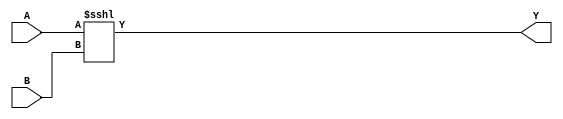
module techlib_sshl (A, B, Y);
parameter A_SIGNED = 0;
parameter B_SIGNED = 0;
parameter A_WIDTH = 0;
parameter B_WIDTH = 0;
parameter Y_WIDTH = 0;
input [A_WIDTH-1:0] A;
input [B_WIDTH-1:0] B;
output [Y_WIDTH-1:0] Y;
generate
	if (A_SIGNED) begin:BLOCK1
		assign Y = $signed(A) <<< B;
	end else begin:BLOCK2
		assign Y = A <<< B;
	end
endgenerate
endmodule